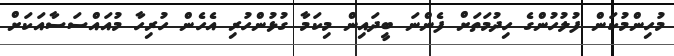
މުހިންމުކަން ފުލުހުންގެ ހިދުމަތަށް ފެންނަ ބީދައިން މިކަމާ ގުޅުންހުރި އެހެން ހުރިހާ މުއައްސަސާއަކަށް